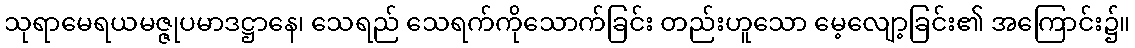
သုရာမေရယမဇ္ဇုပမာဒဋ္ဌာနေ၊ သေရည် သေရက်ကိုသောက်ခြင်း တည်းဟူသော မေ့လျော့ခြင်း၏ အကြောင်း၌။